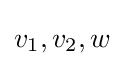
v_{1},v_{2},w